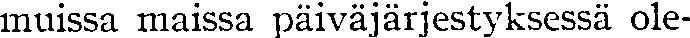
muissa maissa päiväjärjestyksessä ole-